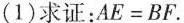
(1) 求证：$$AE＝BF$$。